Problem: 9 + 45 = ?
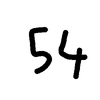
Handwritten answer: 54